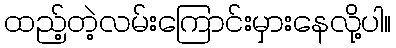
ထည့်တဲ့လမ်းကြောင်းမှားနေလို့ပါ။